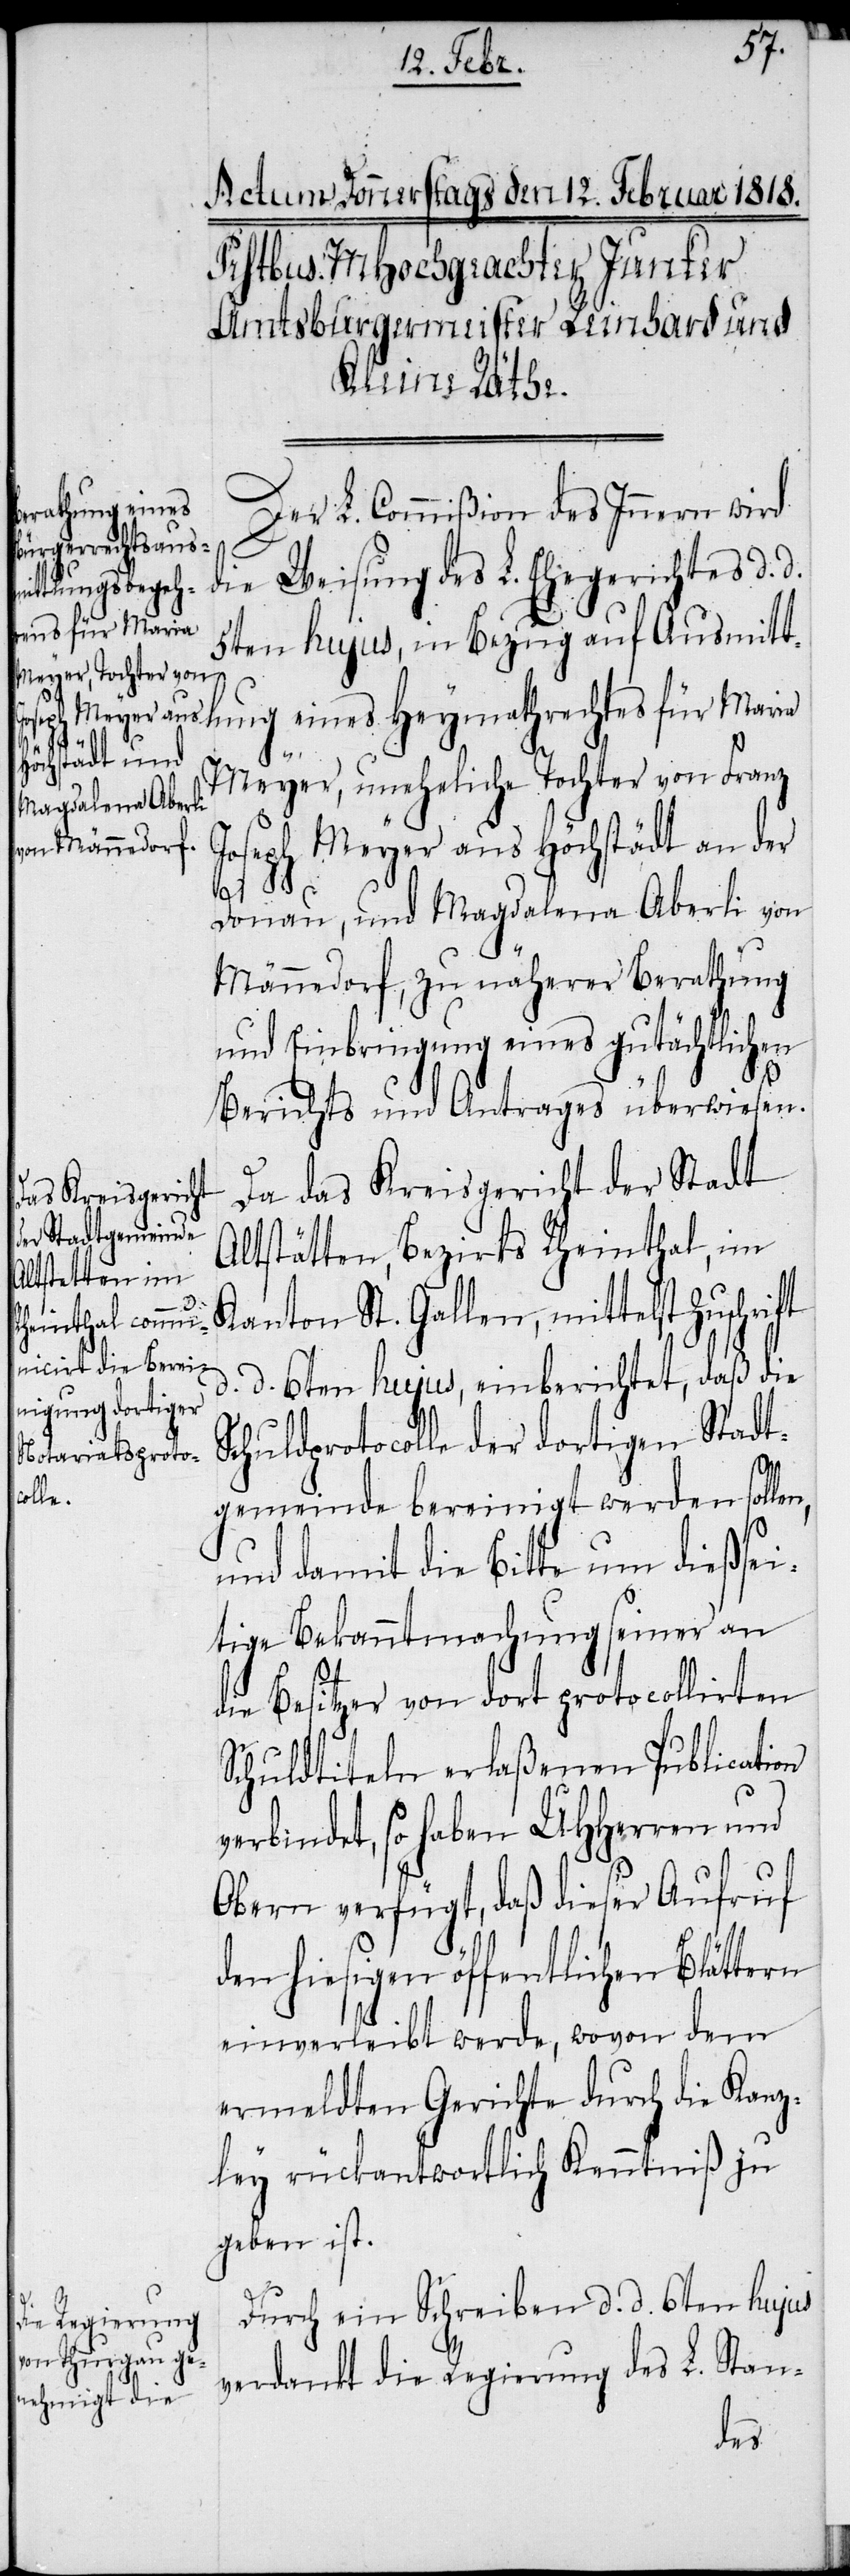
Der L. Commißion des Innern wird
die Weisung des L. Ehegerichtes d. d.
5ten hujus, in Bezug auf Ausmitt¬
lung eines Heymathrechtes für Maria
Meyer, uneheliche Tochter von Franz
Joseph Meyer aus Höchstädt an der
Donau, und Magdalena Aberli von
Männedorf, zu näherer Berathung
und Einbringung eines gutächtlichen
Berichts und Antrages überwiesen.
Da das Kreisgericht der Stadt
Altstätten, Bezirks Rheinthal, im
Kanton St. Gallen, mittelst Zuschrift
d. d. 6ten hujus, einberichtet, daß die
Schuldprotocolle der dortigen Stadt¬
gemeinde bereinigt werden sollen,
und damit die Bitte um dießsei¬
tige Bekanntmachung seiner an
die Besitzer von dort protocollirten
Schuldtiteln erlaßenen Publication
verbindet, so haben UHHerren und
Obern verfügt, daß dieser Aufruf
den hiesigen öffentlichen Blättern
einverleibt werde, wovon dem
ermeldten Gerichte durch die Kanz¬
ley rückantwortlich Kenntniß zu
geben ist.
Durch ein Schreiben d. d. 6ten hujus
verdankt die Regierung des L. Stan-